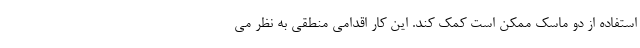
استفاده از دو ماسک ممکن است کمک کند. این کار اقدامی منطقی به نظر می